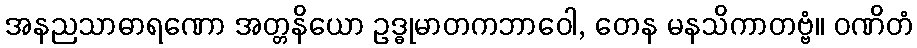
အနညသာဓာရဏော အတ္တနိယော ဥဒ္ဓုမာတကဘာဝေါ, တေန မနသိကာတဗ္ဗံ။ ဝဏိတံ